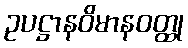
ဥပဋ္ဌာနဝိမာနဝတ္ထု